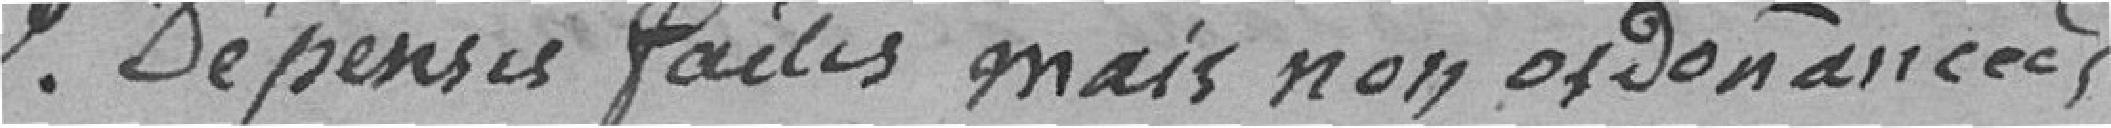
2° Dépenses faits mais non ordonnancées